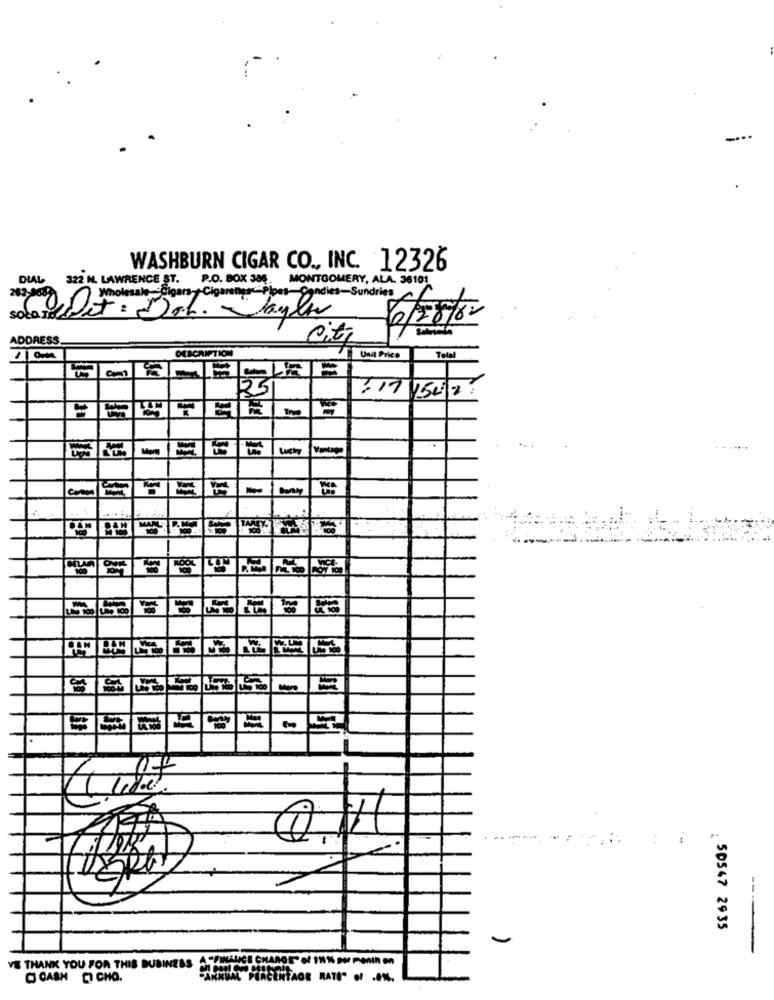
WASHBURN CIGAR CO ., INC. 12326
DIAL 322 H. LAWRENCE ST.
P.O. BOX 386
MONTGOMERY, ALA. 36101
ondies-Sundries
solare
Det : Drb. Dayla
6/8/80
ADDRESS
Citi
Unit Price
DESCRIPTION
Total
125
:17 1502
-
7
---
---
: 50547 2935
YE THANK YOU FOR THIS BUSINESS
C CASH CI CHO.
SARDOAL PERCENTAGE RATES OF ....